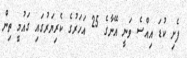
ފެށި ކުޑަ އިއްސެ ވަނީ އޭނާގެ 25 އަހަރުގެ ކެރިޔަރުގައި ގައުމީ ތިން